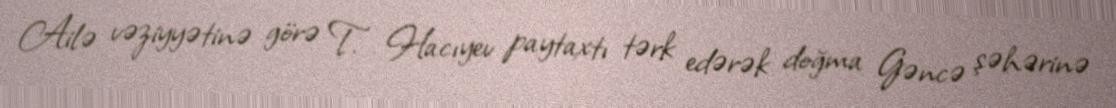
Ailə vəziyyətinə görə T. Hacıyev paytaxtı tərk edərək doğma Gəncə şəhərinə